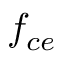
f _ { c e }